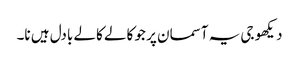
دیکھو جی یہ آسمان پر جو کالے کالے بادل ہیں نا۔